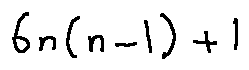
6 n ( n - 1 ) + 1